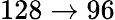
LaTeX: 128\to 96